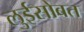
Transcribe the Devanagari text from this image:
लुईसोबत